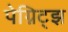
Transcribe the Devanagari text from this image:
पेग्निट्झ